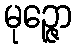
မုဉ္ဇော